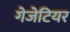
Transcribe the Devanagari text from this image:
गेजेटियर